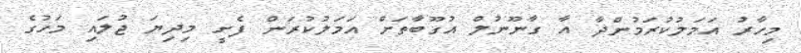
މިހާރު އަމަލުކުރަމުންދާ އާ ގާނޫނުލް އުގޫބާތަށް އަމަލުކުރަން ފެށީ މިދިޔަ ޖުލައި މަހުގެ